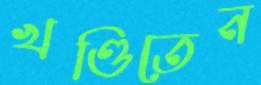
খণ্ডিতেন